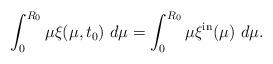
LaTeX: \begin{align*}\int_{0}^{R_{0}}\mu\xi(\mu,t_{0})\ d\mu=\int_{0}^{R_{0}}\mu\xi^{\mathrm{in}}(\mu)\ d\mu.\end{align*}